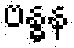
ဗန္ဓန